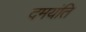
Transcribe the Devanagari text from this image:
दमयंति